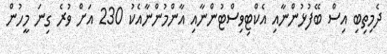
ދެމިތިބި އިސް ބޭފުޅުންނާއި އެކްޓިވިސްޓުންނާއި އާންމުންނާއެކު 230 އަށް ވުރެ ގިނަ މީހުން